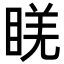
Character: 𥇉